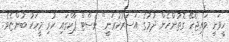
ހީވަނީ ވައިޖެހޭ ގޮތުންހެން ދުމުގެ އަސަރުކުރަނީ" ވެސްޓް ޕާކްގައި ހުރި މީހަކު ބުންޏެވެ.